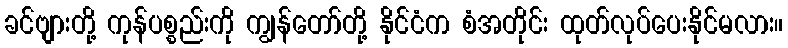
ခင်ဗျားတို့ ကုန်ပစ္စည်းကို ကျွန်တော်တို့ နိုင်ငံက စံအတိုင်း ထုတ်လုပ်ပေးနိုင်မလား။